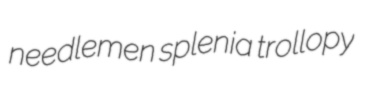
needlemen splenia trollopy